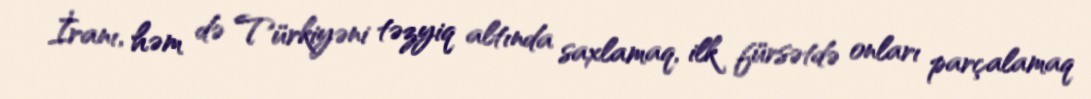
İranı, həm də Türkiyəni təzyiq altında saxlamaq, ilk fürsətdə onları parçalamaq